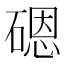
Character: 𱴨